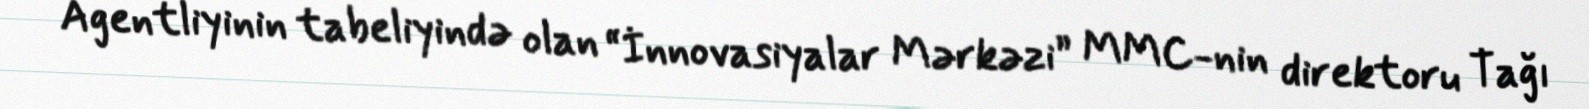
Agentliyinin tabeliyində olan “İnnovasiyalar Mərkəzi” MMC-nin direktoru Tağı